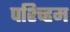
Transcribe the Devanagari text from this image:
पश्च्हिम